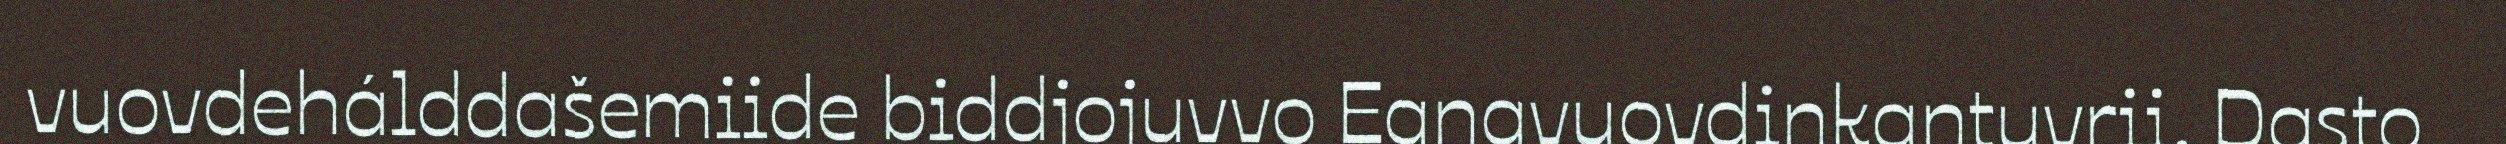
vuovdehálddašemiide biddjojuvvo Eanavuovdinkantuvrii. Dasto